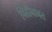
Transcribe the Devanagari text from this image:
पिढीबाबत